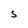
Character: S